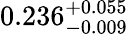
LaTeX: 0.236_{-0.009}^{+0.055}